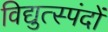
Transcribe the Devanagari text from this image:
विद्युत्स्पंदों